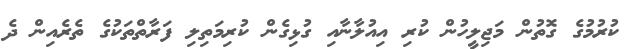
ކުރުމުގެ ގޮތުން މަޖިލީހުން ކުރި އިއުލާނާއި ގުޅިގެން ކުރިމަތިލި ފަރާތްތަކުގެ ތެރެއިން ދެ